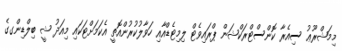
މިމަޝްރޫޢު ސިއެރާ ކޮންސްޓްރަކްޝަން ޕްރައިވެޓް ލިމިޓެޑްއާއި ހަވާލުކުރުންއޮތީ އެކަމަށްޓަކައި މިއަދު ޝީ ބިލްޑިންގގެ